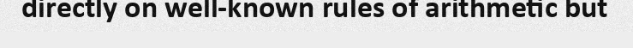
directly on well-known rules of arithmetic but